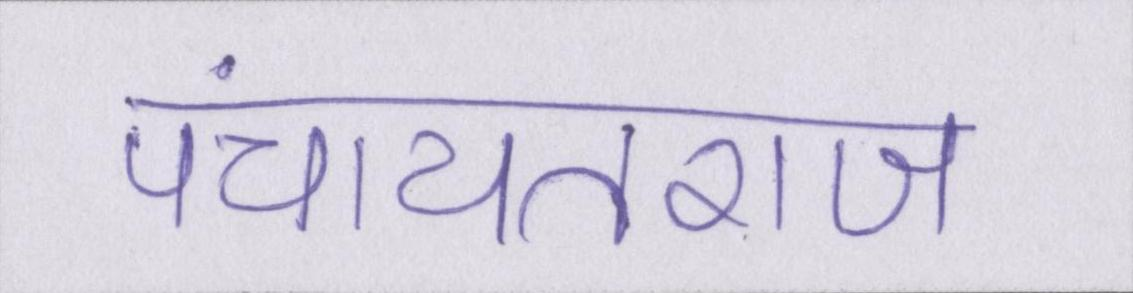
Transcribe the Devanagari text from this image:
पंचायतराज